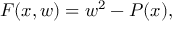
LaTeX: F ( x , w ) = w ^ { 2 } - P ( x ) ,